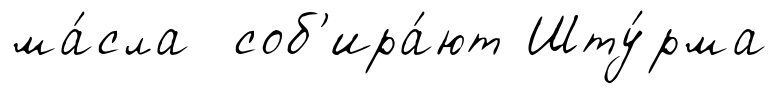
ма́сла соб'ира́ют Шту́рма